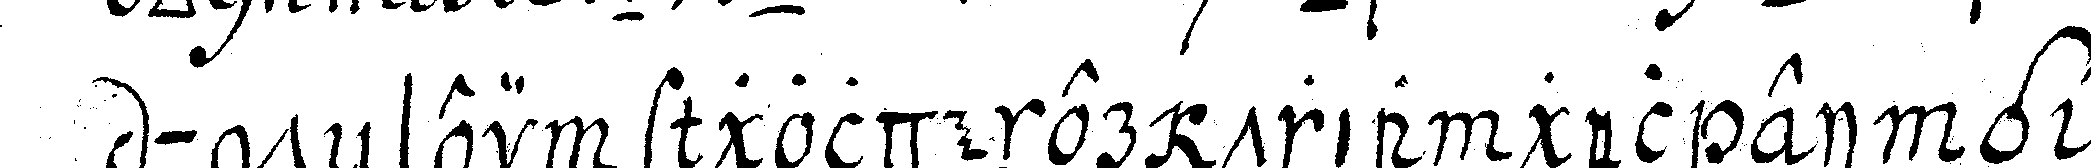
unteN ein goldener triangel einge